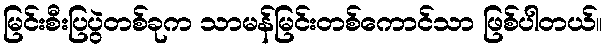
မြင်းစီးပြပွဲတစ်ခုက သာမန်မြင်းတစ်ကောင်သာ ဖြစ်ပါတယ်။